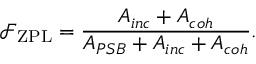
\mathcal { F } _ { \mathrm { Z P L } } = \frac { A _ { i n c } + A _ { c o h } } { A _ { P S B } + A _ { i n c } + A _ { c o h } } .